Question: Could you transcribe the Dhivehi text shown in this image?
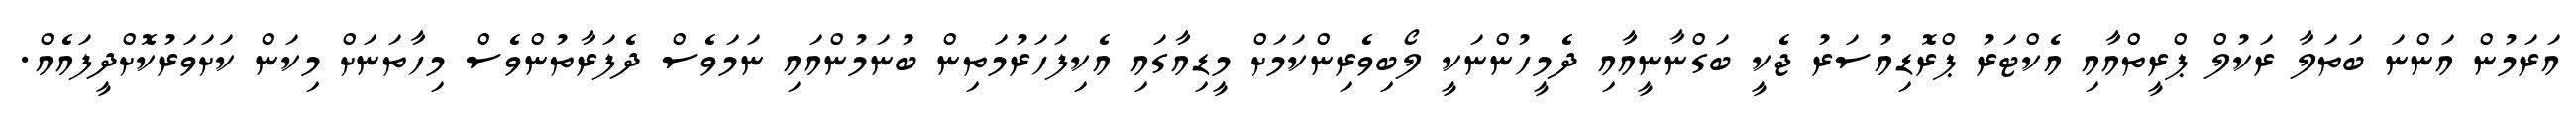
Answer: އަރަމުން އަންނަ ބަތަލާ ރަކުލް ޕްރީތްއާއި އެކްޓަރު ޕްރޮޑިއުސަރު ޖެކީ ބަގްނާނީއާއި ދެމީހުންނަކީ ލޯބިވެރިންކަމަށް މީޑިއާގައި އެކިފަހަރުމަތިން ބުނަމުންއައި ނަމަވެސް ދެފަރާތުންވެސް މިހާތަނަށް މިކަން ކަށަވަރުކޮށްދީފައެއް.